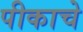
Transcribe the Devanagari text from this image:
पीकाचे